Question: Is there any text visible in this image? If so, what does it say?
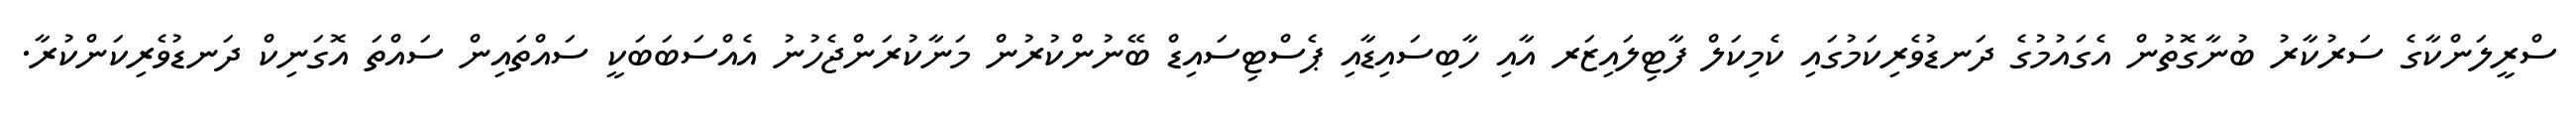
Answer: ސްރީލަންކާގެ ސަރުކާރު ބުނާގޮތުން އެގައުމުގެ ދަނޑުވެރިކަމުގައި ކެމިކަލް ފާޓިލައިޒަރ އާއި ހާބިސައިޑާއި ޕެސްޓިސައިޑް ބޭނުންކުރުން މަނާކުރަންޖެހުނު އެއްސަބަބަކީ ސައްތައިން ސައްތަ އޮގަނިކް ދަނޑުވެރިކަންކުރާ.